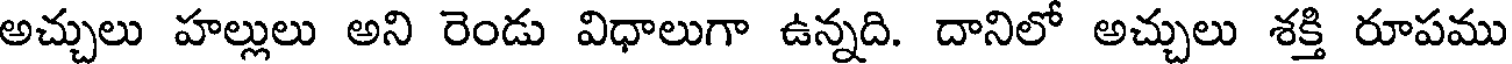
అచ్చులు హల్లులు అని రెండు విధాలుగా ఉన్నది. దానిలో అచ్చులు శక్తి రూపము